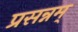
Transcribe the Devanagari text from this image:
प्रसन्नम्